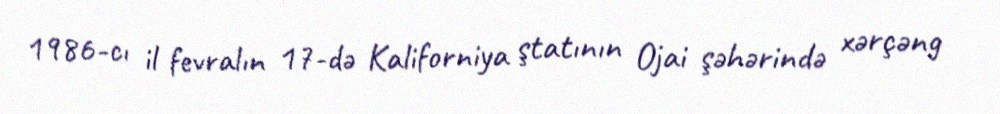
1986-cı il fevralın 17-də Kaliforniya ştatının Ojai şəhərində xərçəng